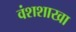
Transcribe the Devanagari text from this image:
वंशशाखा